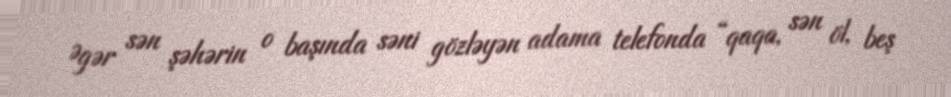
Əgər sən şəhərin o başında səni gözləyən adama telefonda “qaqa, sən öl, beş